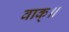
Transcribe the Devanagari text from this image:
वाक्॥